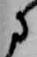
に